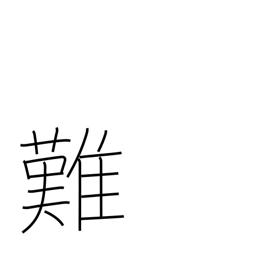
Meaning: difficult